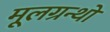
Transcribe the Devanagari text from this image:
मूलग्रन्थो